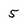
Character: 5